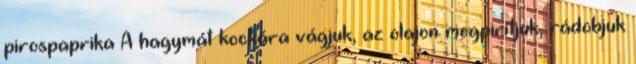
pirospaprika A hagymát kockára vágjuk, az olajon megpirítjuk, rádobjuk